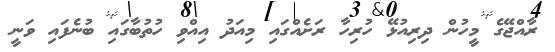
ރާއްޖޭގެ މީހުން ދިރިއުޅޭ ހުރިހާ ރަށެއްގައި މިއަދު އިއްވި ހުތުބާގައި ބުނެފައި ވަނީ